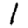
Digit: 1